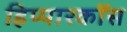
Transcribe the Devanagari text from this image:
हिप्पारकॉस